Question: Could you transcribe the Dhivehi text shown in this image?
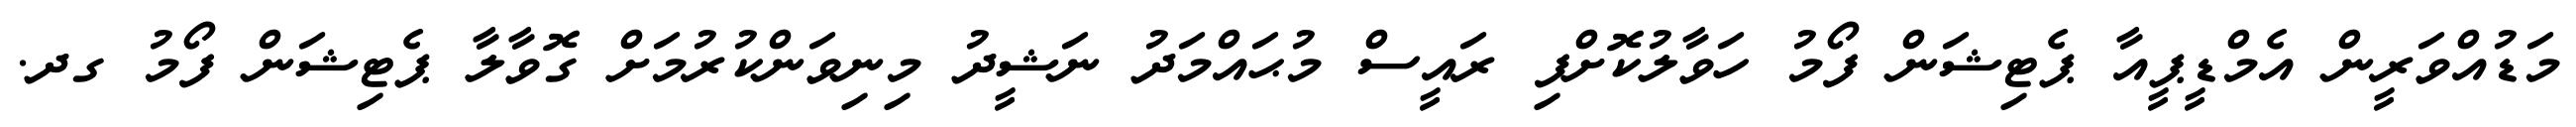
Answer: މަޑުއްވަރީން އެމްޑީޕީއާ ޕެޓިޝަން ފޯމު ހަވާލުކޮށްފި ރައީސް މުޙައްމަދު ނަޝީދު މިނިވަންކުރުމަށް ގޮވާލާ ޕެޓިޝަން ފޯމު ގދ.